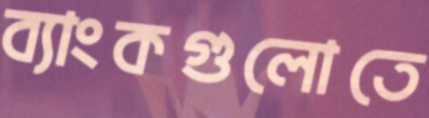
ব্যাংকগুলোতে